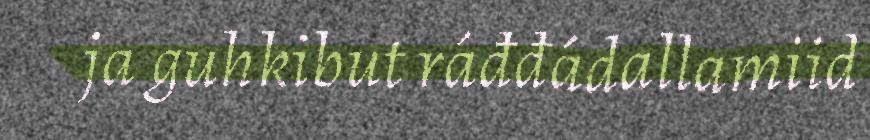
ja guhkibut ráđđádallamiid